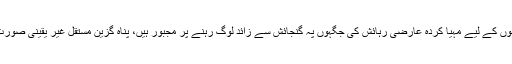
ایمنیسٹی کا کہنا ہے کہ یونان میں پناہ گزینوں کے لیے مہیا کردہ عارضی رہائش کی جگہوں پہ گنجائش سے زائد لوگ رہنے پر مجبور ہیں، پناہ گزین مستقل غیر یقینی صورتِ حال اور خوف کی فضا میں رہ رہے ہیں۔